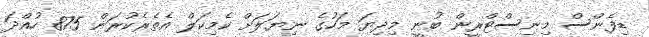
ޑިފެންސް މިނިސްޓްރީން ބުނީ މިދިޔަ މަހުގެ ނިޔަލަށް ކެމިކަލް އެތެރެކުރަން 875 ހުއްދަ